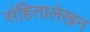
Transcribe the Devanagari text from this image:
संहितालेखन